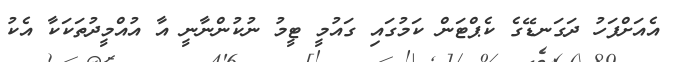
އެއަށްފަހު ދަގަނޑޭގެ ކެޕްޓަން ކަމުގައި ގައުމީ ޓީމު ނުކުންނާނީ އާ އުއްމީދުތަކަކާ އެކު